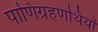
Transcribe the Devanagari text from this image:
पाणिग्रहणथियों